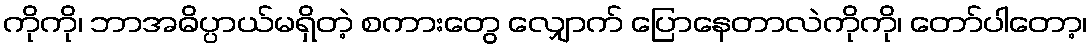
ကိုကို၊ ဘာအဓိပ္ပာယ်မရှိတဲ့ စကားတွေ လျှောက် ပြောနေတာလဲကိုကို၊ တော်ပါတော့၊